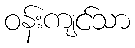
ဝန်းကျင်သာ